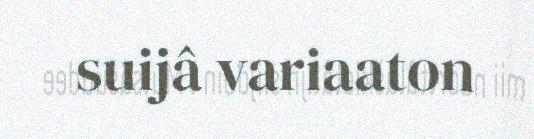
suijâ variaaton